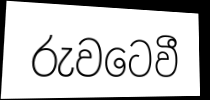
රුවටෙවී